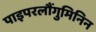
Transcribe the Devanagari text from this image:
पाइपरलौंगुमिनिन